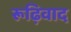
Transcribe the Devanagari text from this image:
रूढ़िवाद